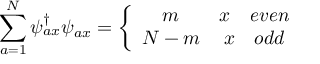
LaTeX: \sum _ { a = 1 } ^ { \cal N } \psi _ { a x } ^ { \dagger } \psi _ { a x } = \left\{ \begin{array} { c c } { { m } } & { { x \quad e v e n } } \\ { { { \cal N } - m } } & { { x \quad o d d } } \end{array} \right.